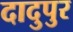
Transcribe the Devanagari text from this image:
दादुपुर